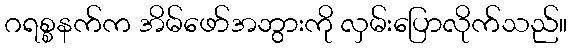
ဂရစ္စနက်က အိမ်ဖော်အဘွားကို လှမ်းပြောလိုက်သည်။